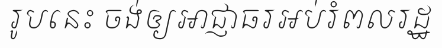
រូបនេះ ចង់ឲ្យអាជ្ញាធរអប់រំពលរដ្ឋ